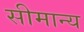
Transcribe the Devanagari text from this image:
सीमान्य